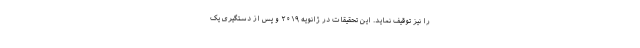
را نیز توقیف نماید. این تحقیقات در ژانویه ۲۰۱۹ و پس از دستگیری یک